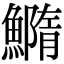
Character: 䲊